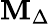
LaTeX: \mathbf{M}_{\Delta}